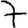
Digit: 7